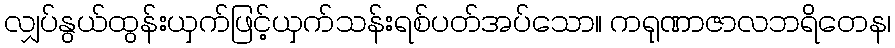
လျှပ်နွယ်ထွန်းယှက်ဖြင့်ယှက်သန်းရစ်ပတ်အပ်သော။ ကရုဏာဇာလဘရိတေန၊